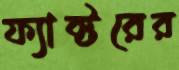
ফ্যাক্টরের